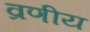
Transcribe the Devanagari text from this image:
व्रणीय